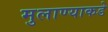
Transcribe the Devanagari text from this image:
मुलाण्याकडे